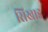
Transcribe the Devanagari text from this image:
सिखाइ